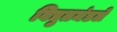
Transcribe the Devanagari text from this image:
विद्युतमंडले